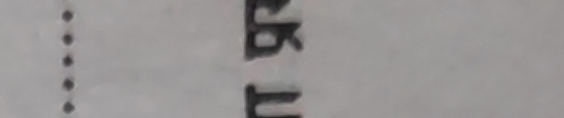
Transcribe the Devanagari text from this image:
रगत